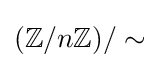
(\mathbb {Z} /n\mathbb {Z} )/\sim